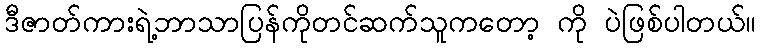
ဒီဇာတ်ကားရဲ့ဘာသာပြန်ကိုတင်ဆက်သူကတော့ ကို ပဲဖြစ်ပါတယ်။